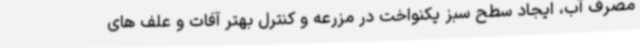
مصرف آب، ایجاد سطح سبز یکنواخت در مزرعه و کنترل بهتر آفات و علف های